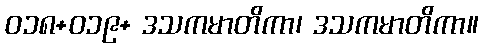
ဝ၁၈+၀၁၉+ ဒသကမာတိကာ၊ ဒသကမာတိကာ။